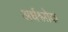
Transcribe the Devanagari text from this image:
अर्धश्लोक